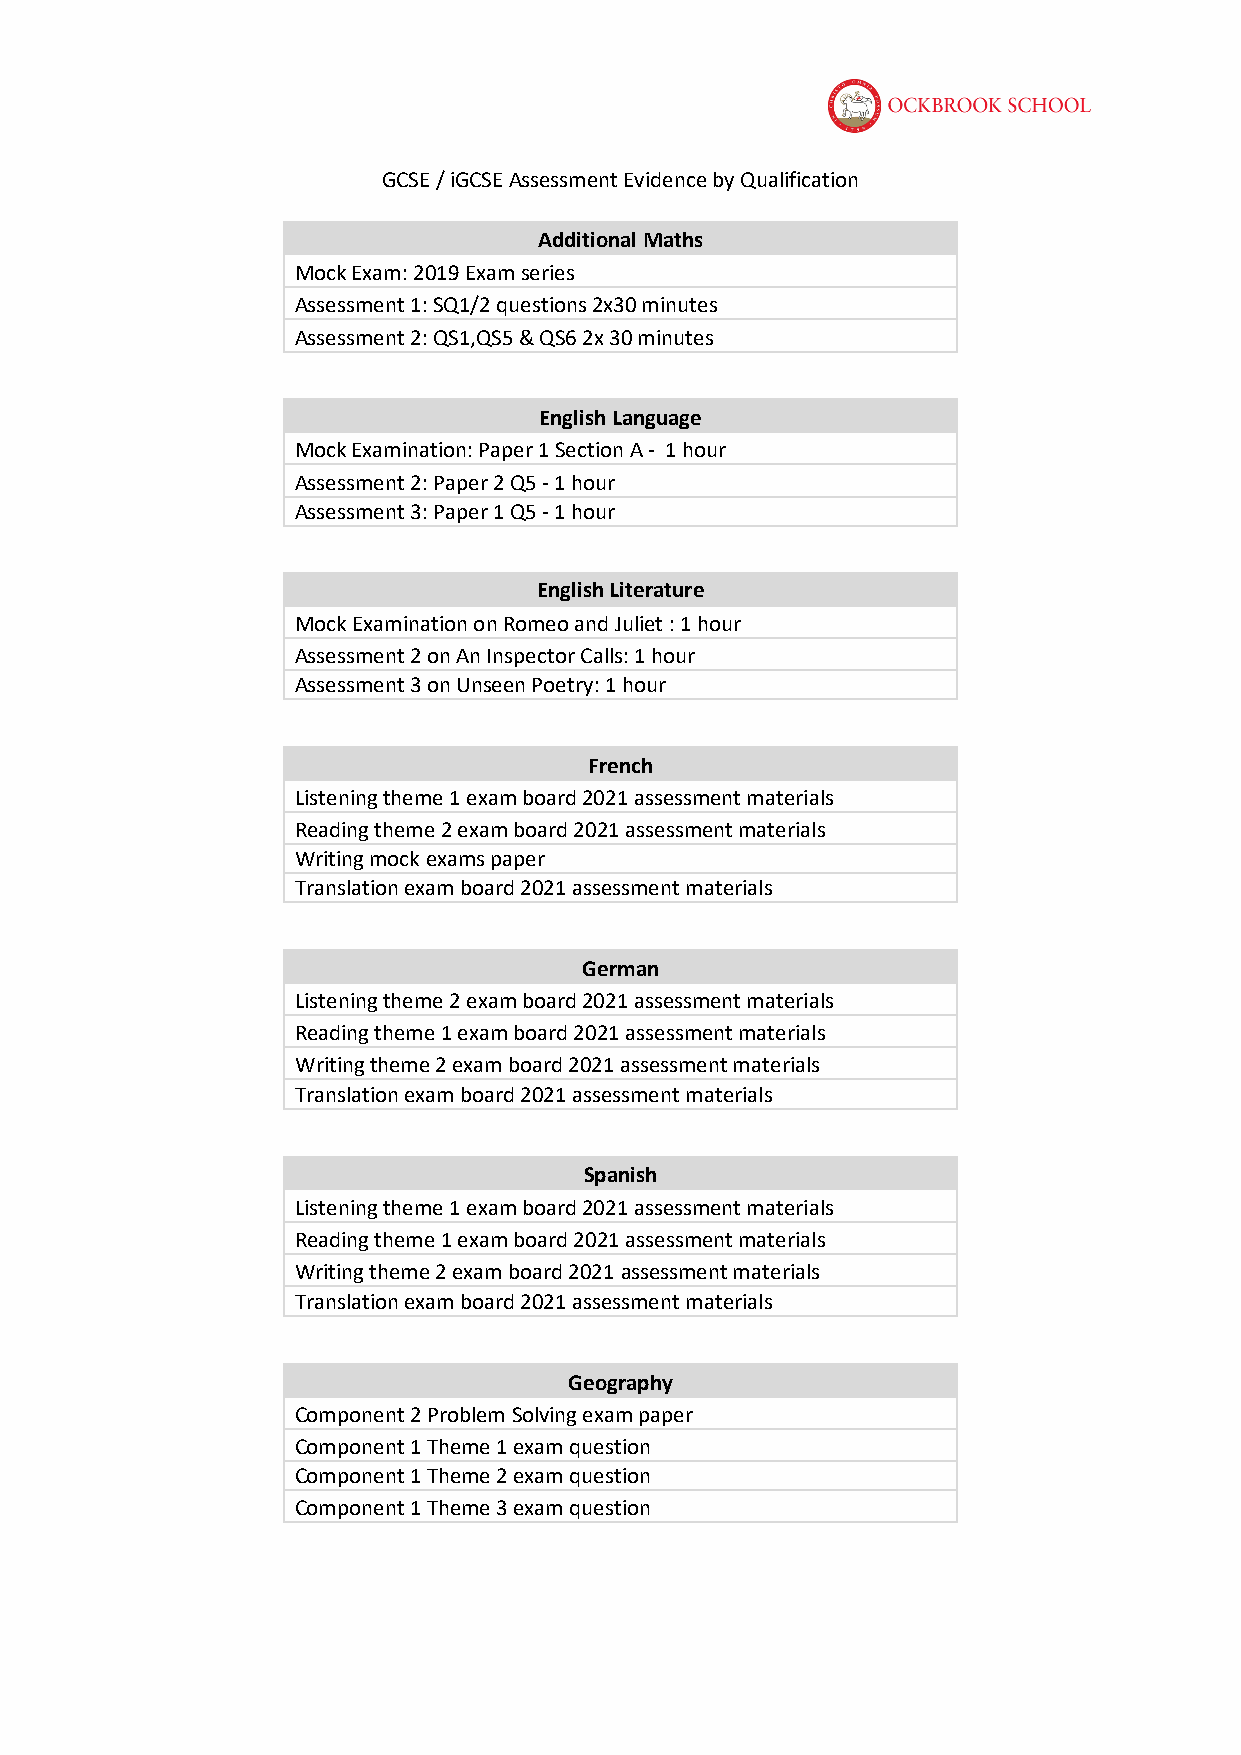
GCSE / iGCSE Assessment Evidence by Qualification
 Additional Maths
 Mock Exam: 2019 Exam series
 Assessment 1: SQ1/2 questions 2x30 minutes
 Assessment 2: QS1,QS5 & QS6 2x 30 minutes
 English Language
 Mock Examination: Paper 1 Section A - 1 hour
 Assessment 2: Paper 2 Q5 - 1 hour
 Assessment 3: Paper 1 Q5 - 1 hour
 English Literature
 Mock Examination on Romeo and Juliet : 1 hour
 Assessment 2 on An Inspector Calls: 1 hour
 Assessment 3 on Unseen Poetry: 1 hour
 French
 Listening theme 1 exam board 2021 assessment materials
 Reading theme 2 exam board 2021 assessment materials
 Writing mock exams paper
 Translation exam board 2021 assessment materials
 German
 Listening theme 2 exam board 2021 assessment materials
 Reading theme 1 exam board 2021 assessment materials
 Writing theme 2 exam board 2021 assessment materials
 Translation exam board 2021 assessment materials
 Spanish
 Listening theme 1 exam board 2021 assessment materials
 Reading theme 1 exam board 2021 assessment materials
 Writing theme 2 exam board 2021 assessment materials
 Translation exam board 2021 assessment materials
 Geography
 Component 2 Problem Solving exam paper
 Component 1 Theme 1 exam question
 Component 1 Theme 2 exam question
 Component 1 Theme 3 exam question